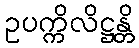
ဥပက္ကိလိဋ္ဌန္တိ